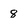
Character: 8